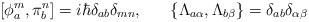
LaTeX: \begin{align*}[\phi^m_a, \pi^n_b] = i\hbar \delta_{ab} \delta_{mn}, \; \; \; \; \; \; \{\Lambda_{a\alpha}, \Lambda_{b\beta}\} = \delta_{ab} \delta_{\alpha\beta}\end{align*}